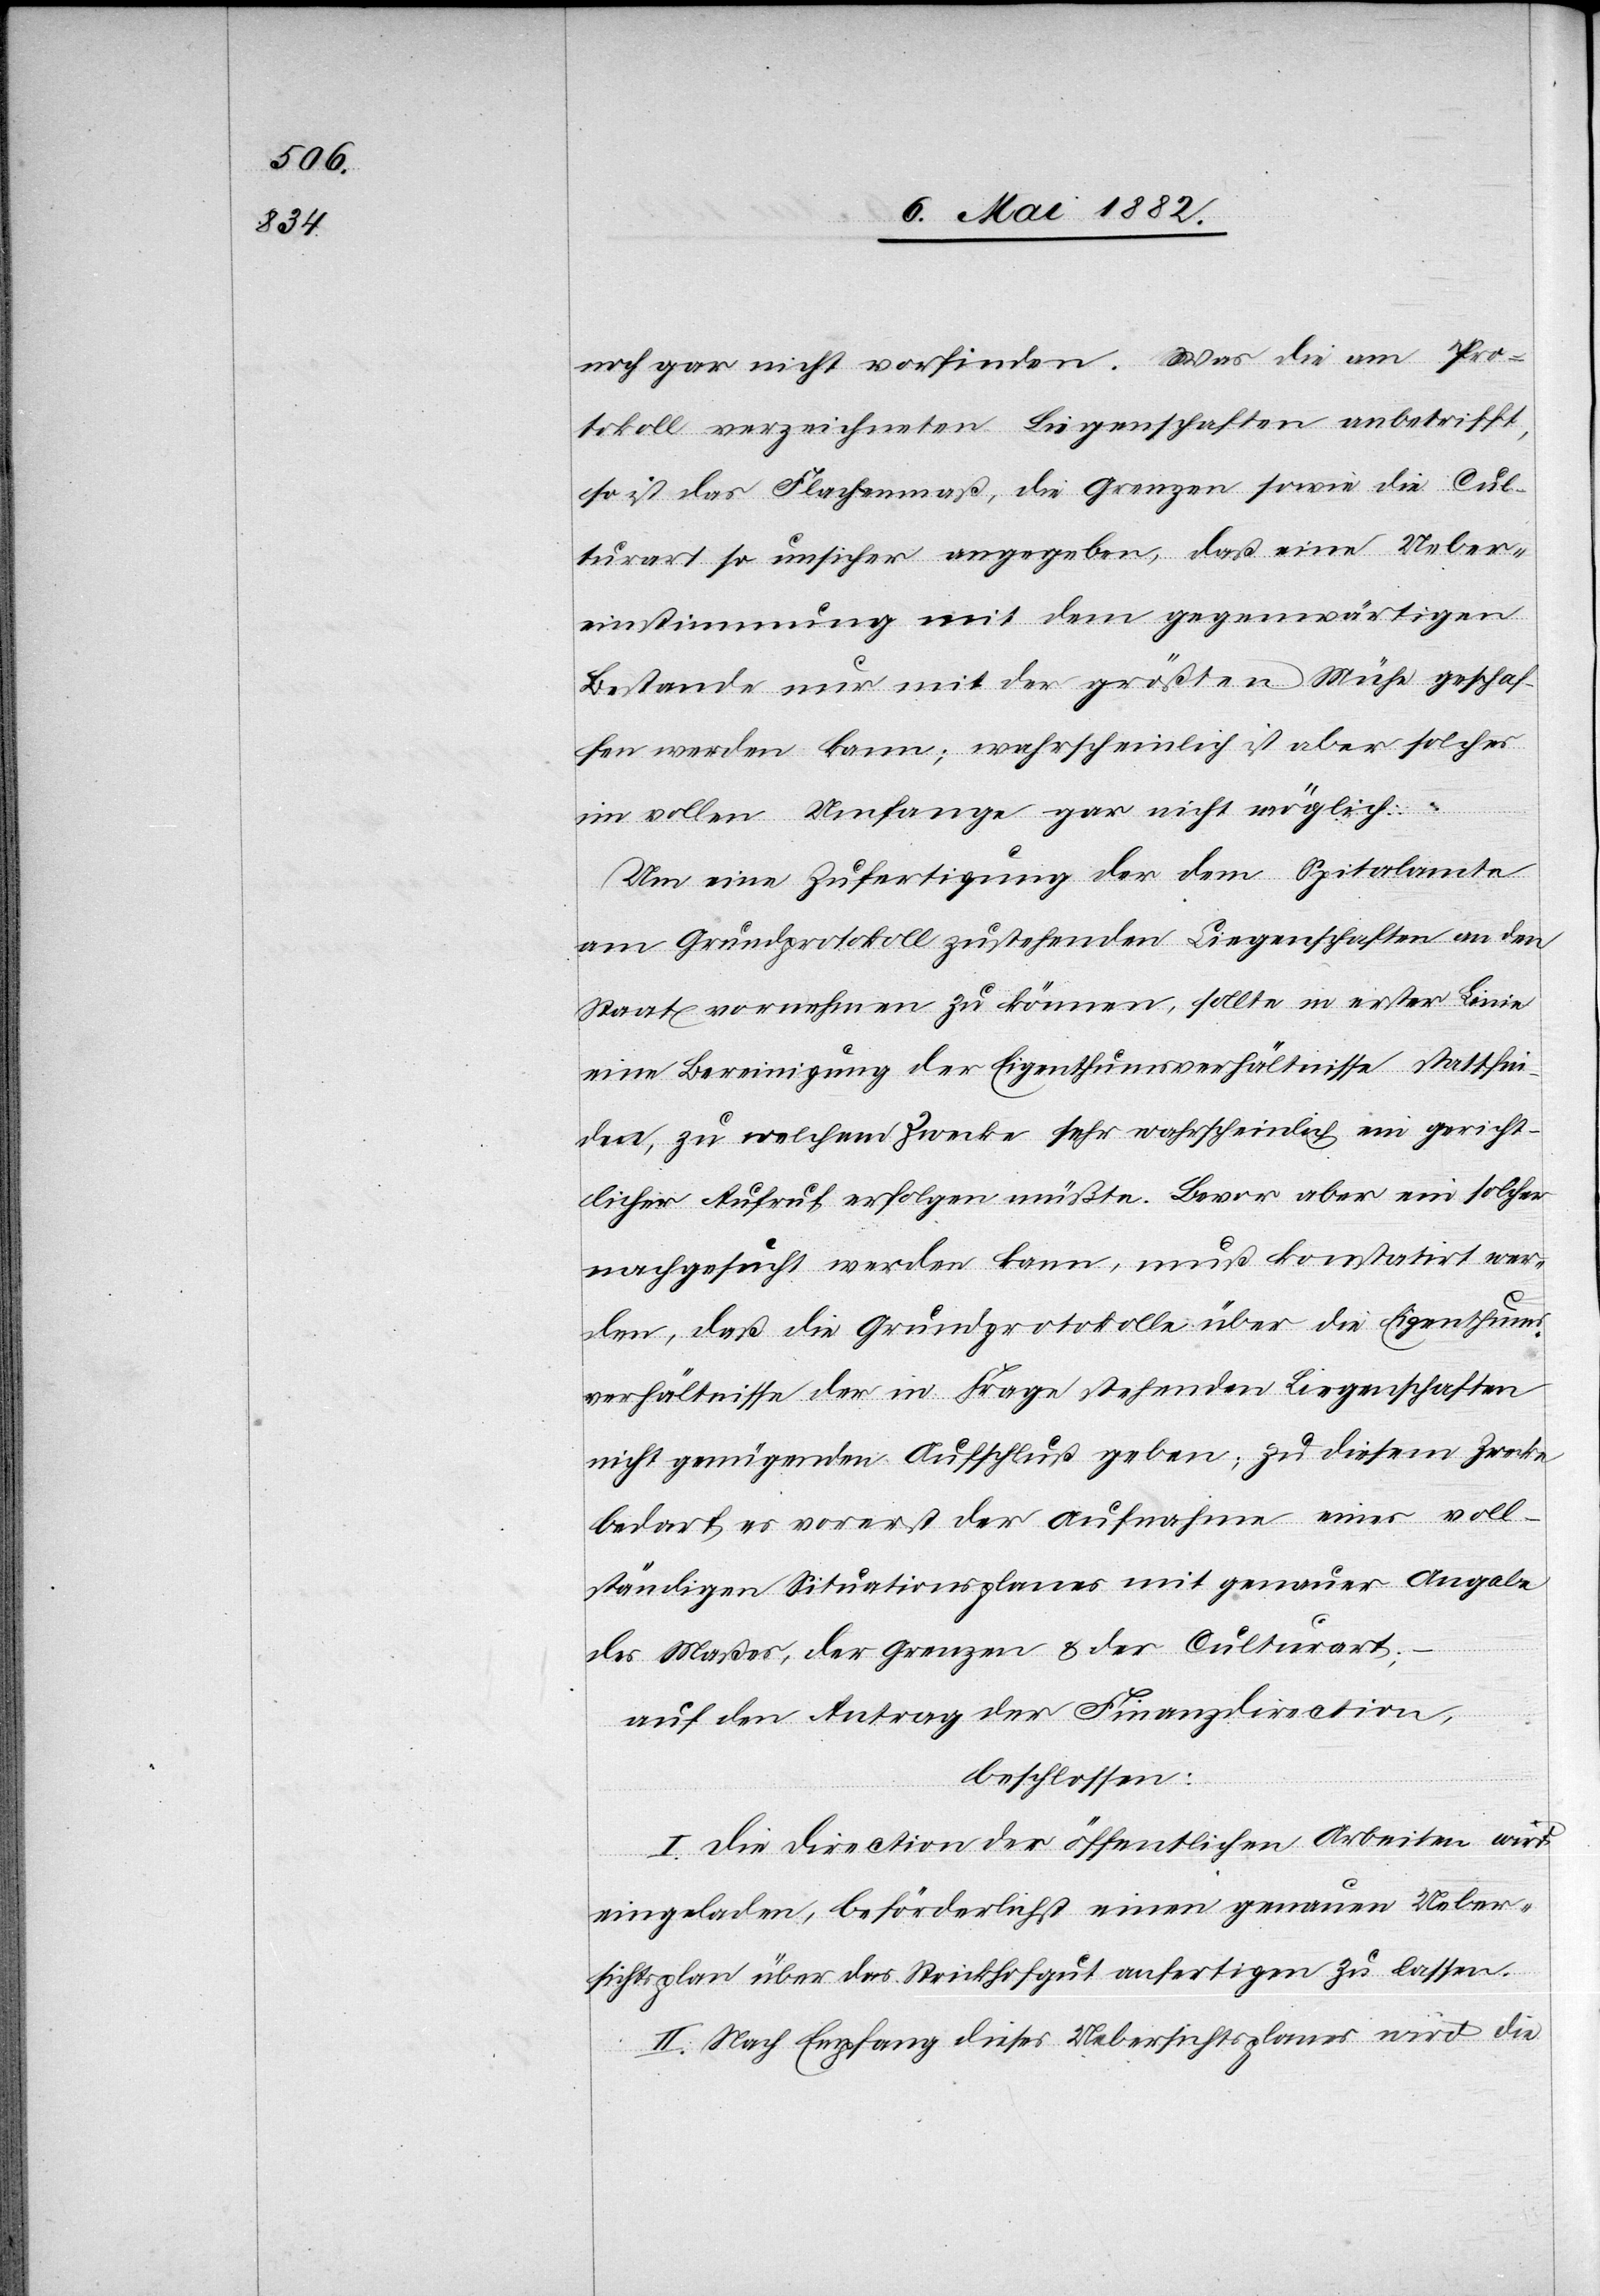
noch gar nicht vorfinden. Was die am Pro¬
tokoll verzeichneten Liegenschaften anbetrifft,
so ist das Flächenmaß, die Grenze sowie die Cul¬
turart so unsicher angegeben, daß eine Ueber¬
einstimmung mit dem gegenwärtigen
Bestande nur mit der größten Mühe geschaf¬
fen werden kann; wahrscheinlich ist aber solches
im vollen Umfange gar nicht möglich.
Um eine Zufertigung der dem Spitalamte
am Grundprotokoll zustehenden Liegenschaften an den
Staat vornehmen zu können, sollte in erster Linie
eine Bereinigung der Eigenthumsverhältnisse stattfin¬
den, zu welchem Zwecke sehr wahrscheinlich ein gericht¬
licher Aufruf erfolgen müßte. Bevor aber ein solcher
nachgesucht werden kann, muß konstatirt wer¬
den, daß die Grundprotokolle über die Eigenthums¬
verhältnisse der in Frage stehenden Liegenschaften
nicht genügenden Aufschluß geben; zu diesem Zwecke
bedarf es vorerst der Aufnahme eines voll¬
ständigen Situationsplanes mit genauer Angabe
des Maßes, der Grenzen & der Culturart;
auf den Antrag der Finanzdirection,
beschlossen:
I. Die Direction der öffentlichen Arbeiten wird
eingeladen, beförderlich einen genauen Ueber¬
sichtsplan über das Strickhofgut anfertigen zu lassen.
II. Nach Empfang dieses Uebersichtsplanes wird die